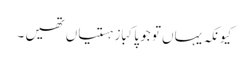
کیونکہ یہاں تو جو پاکباز ہستیاں تھیں ۔